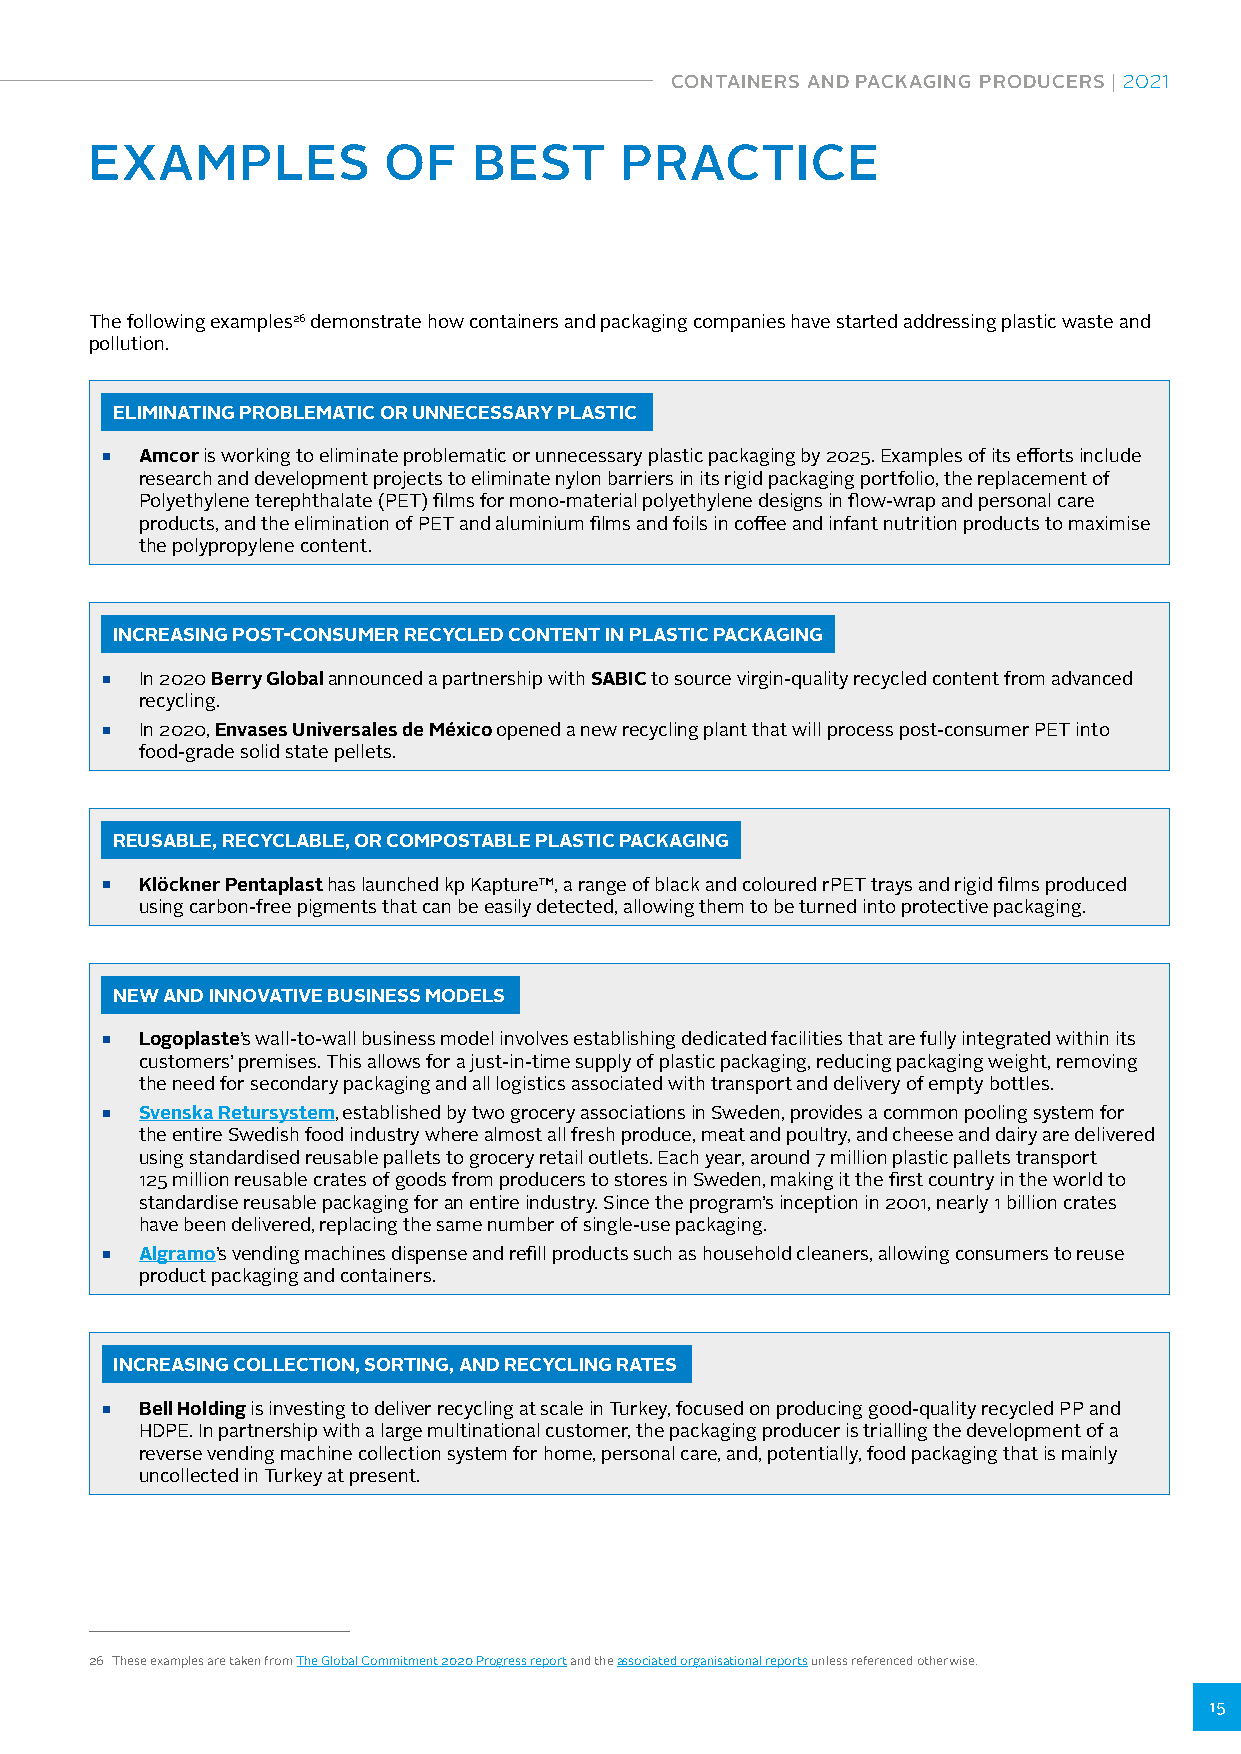
CONTAINERS AND PACKAGING PRODUCERS | 2021
 EXAMPLES           OF    BEST      PRACTICE
 The following examples26 demonstrate how containers and packaging companies have started addressing plastic waste and
 pollution.
 ELIMINATING PROBLEMATIC OR UNNECESSARY PLASTIC
 ■ Amcor is working to eliminate problematic or unnecessary plastic packaging by 2025. Examples of its efforts include
 research and development projects to eliminate nylon barriers in its rigid packaging portfolio, the replacement of
 Polyethylene terephthalate (PET) films for mono-material polyethylene designs in flow-wrap and personal care
 products, and the elimination of PET and aluminium films and foils in coffee and infant nutrition products to maximise
 the polypropylene content.
 INCREASING POST-CONSUMER RECYCLED CONTENT IN PLASTIC PACKAGING
 ■ In 2020 Berry Global announced a partnership with SABIC to source virgin-quality recycled content from advanced
 recycling.
 ■ In 2020, Envases Universales de México opened a new recycling plant that will process post-consumer PET into
 food-grade solid state pellets.
 REUSABLE, RECYCLABLE, OR COMPOSTABLE PLASTIC PACKAGING
 ■ Klöckner Pentaplast has launched kp Kapture™, a range of black and coloured rPET trays and rigid films produced
 using carbon-free pigments that can be easily detected, allowing them to be turned into protective packaging.
 NEW AND INNOVATIVE BUSINESS MODELS
 ■ Logoplaste’s wall-to-wall business model involves establishing dedicated facilities that are fully integrated within its
 customers’ premises. This allows for a just-in-time supply of plastic packaging, reducing packaging weight, removing
 the need for secondary packaging and all logistics associated with transport and delivery of empty bottles.
 ■ Svenska Retursystem, established by two grocery associations in Sweden, provides a common pooling system for
 the entire Swedish food industry where almost all fresh produce, meat and poultry, and cheese and dairy are delivered
 using standardised reusable pallets to grocery retail outlets. Each year, around 7 million plastic pallets transport
 125 million reusable crates of goods from producers to stores in Sweden, making it the first country in the world to
 standardise reusable packaging for an entire industry. Since the program’s inception in 2001, nearly 1 billion crates
 have been delivered, replacing the same number of single-use packaging.
 ■ Algramo’s vending machines dispense and refill products such as household cleaners, allowing consumers to reuse
 product packaging and containers.
 INCREASING COLLECTION, SORTING, AND RECYCLING RATES
 ■ Bell Holding is investing to deliver recycling at scale in Turkey, focused on producing good-quality recycled PP and
 HDPE. In partnership with a large multinational customer, the packaging producer is trialling the development of a
 reverse vending machine collection system for home, personal care, and, potentially, food packaging that is mainly
 uncollected in Turkey at present.
 26 These examples are taken from The Global Commitment 2020 Progress report and the associated organisational reports unless referenced otherwise.
 15